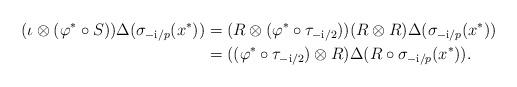
LaTeX: \begin{align*}(\iota\otimes (\varphi^*\circ S))\Delta(\sigma_{-\mathrm i /p}(x^*))&=(R\otimes (\varphi^*\circ \tau_{-\mathrm i/2}))(R\otimes R)\Delta(\sigma_{-\mathrm i /p}(x^*))\\&= ( (\varphi^*\circ \tau_{-\mathrm i/2})\otimes R)\Delta (R\circ \sigma_{-\mathrm i /p}(x^*)) .\end{align*}